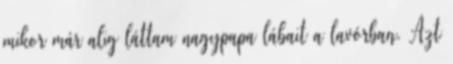
mikor már alig láttam nagypapa lábait a lavórban. Azt